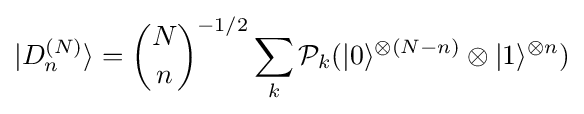
|D_{n}^{(N)}\rangle ={\binom {N}{n}}^{-1/2}\sum _{k}{\mathcal {P}}_{k}(|0\rangle ^{\otimes (N-n)}\otimes |1\rangle ^{\otimes n})